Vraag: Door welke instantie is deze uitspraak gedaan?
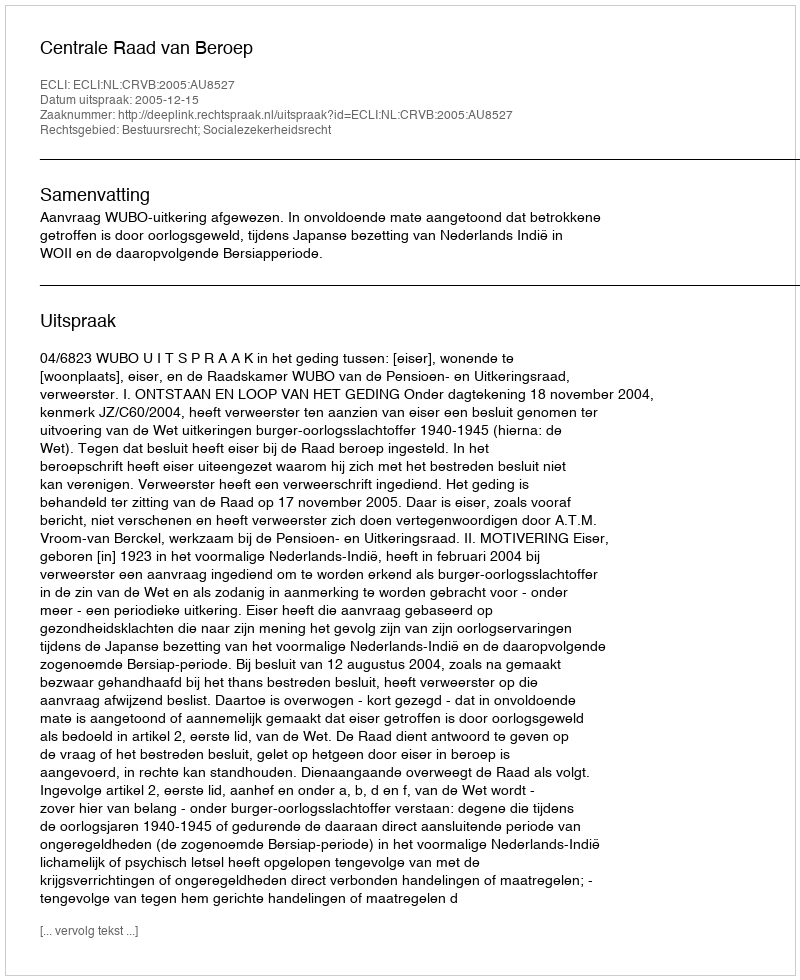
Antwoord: Centrale Raad van Beroep